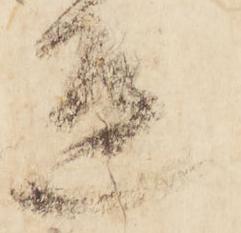
邊